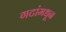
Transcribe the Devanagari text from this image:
गटांमधून